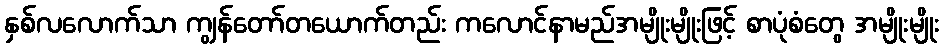
နှစ်လလောက်သာ ကျွန်တော်တယောက်တည်း ကလောင်နာမည်အမျိုးမျိုးဖြင့် စာပုံစံတွေ အမျိုးမျိုး